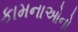
કામનાઓનો